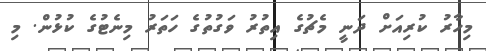
މިހާރު ކުރިއަށް ދަނީ މެޗުގެ އިތުރު ވަގުތުގެ ހަތަރު މިނެޓުގެ ކުޅުން. މި